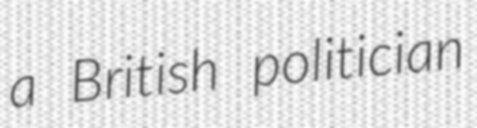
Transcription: a British politician